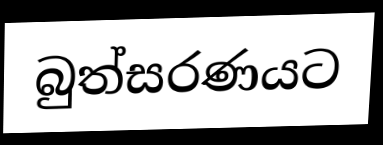
බුත්සරණයට